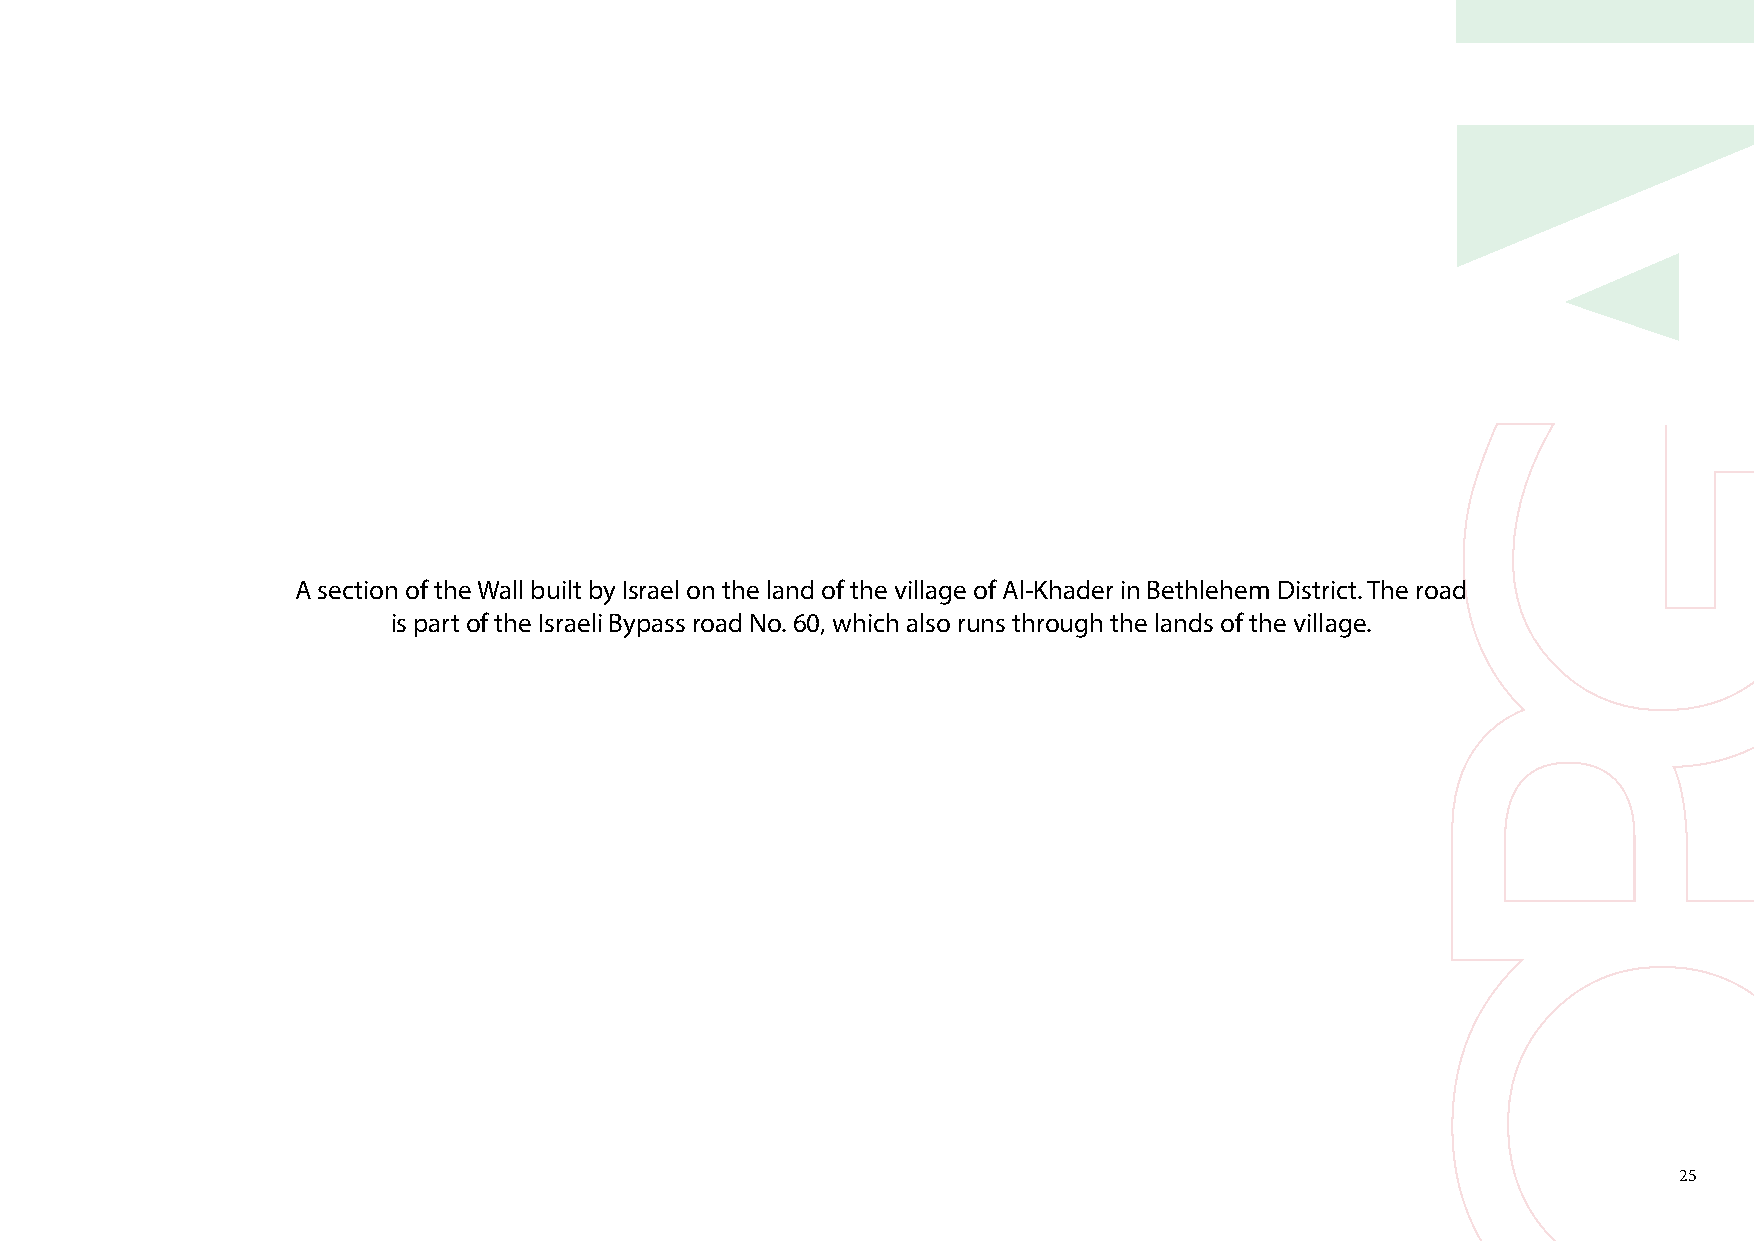
A section of the Wall built by Israel on the land of the village of Al-Khader in Bethlehem District. The road
 is part of the Israeli Bypass road No. 60, which also runs through the lands of the village.
 25